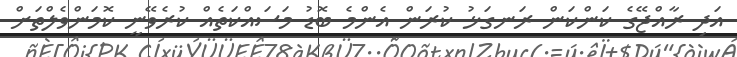
އަދި ރާއްޖޭގެ ކަންކަން ރަނގަޅު ކުރަން އެންމެ ބޮޑު މަސައްކަތެއް ކުރެވޭނީ ކޮމަންވެލްތަށް